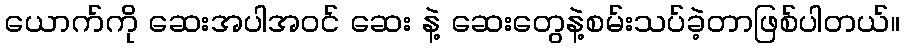
ယောက်ကို ဆေးအပါအဝင် ဆေး နဲ့ ဆေးတွေနဲ့စမ်းသပ်ခဲ့တာဖြစ်ပါတယ်။